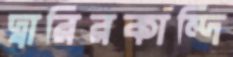
দ্বারিরকান্দি